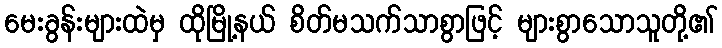
မေးခွန်းများထဲမှ ထိုမြို့နယ် စိတ်မသက်သာစွာဖြင့် များစွာသောသူတို့၏